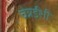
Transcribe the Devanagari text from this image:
चेन्नईशी